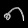
Digit: ၈